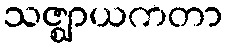
သဇ္ဈာယကတာ